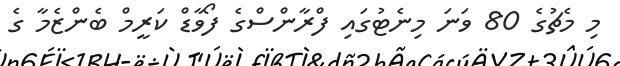
މި މެޗުގެ 80 ވަނަ މިނެޓުގައި ފްރާންސްގެ ފޯވާޑް ކަރީމް ބެންޒެމާ ގެ